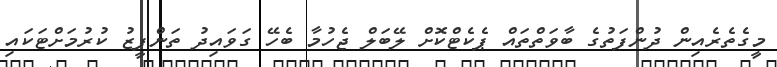
މީގެތެރެއިން ދުންފަތުގެ ބާވަތްތައް ޕެކެޓްކޮށް ލޭބަލް ޖެހުމާ ބެހޭ ގަވައިދު ތަންފީޒު ކުރުމަށްޓަކައި